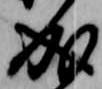
成